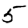
Digit: 5